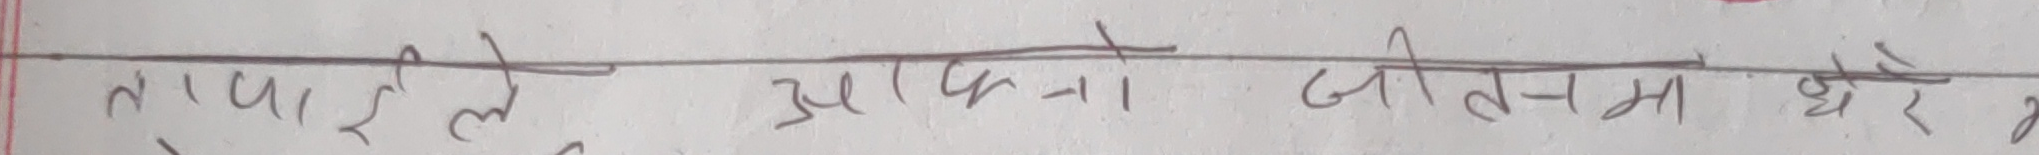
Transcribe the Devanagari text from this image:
तापाइलै अझै जीवनमा धेरै